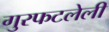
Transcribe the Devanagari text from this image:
गुरफटलेली